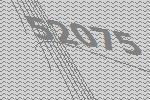
52075